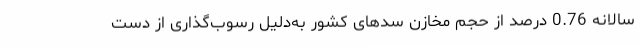
سالانه 0.76 درصد از حجم مخازن سدهای کشور به‌دلیل رسوب‌گذاری از دست